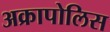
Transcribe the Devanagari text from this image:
अक्रापोलिस